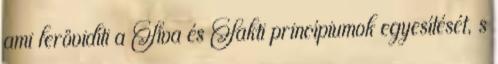
ami lerövidíti a Síva és Sakti princípiumok egyesítését, s